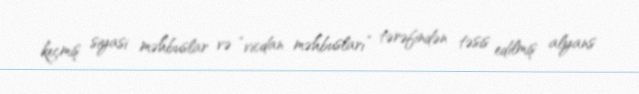
keçmiş siyasi məhbuslar və “vicdan məhbusları” tərəfindən təsis edilmiş alyans